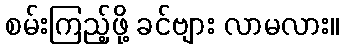
စမ်းကြည့်ဖို့ ခင်ဗျား လာမလား။